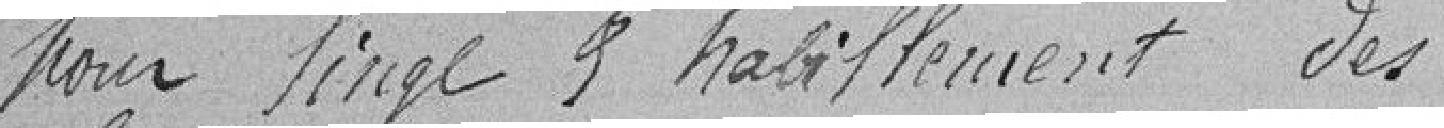
pour linge et habillement des